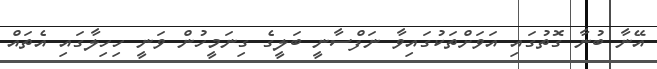
އޭނާ ބުނާ ގޮތުގައި އަވަށްތަކުގައިވާ ނަފްސާނީ ބަލީގެ ގިނަމީހުން ވަނީ ހިހިލާގައި އެތައް